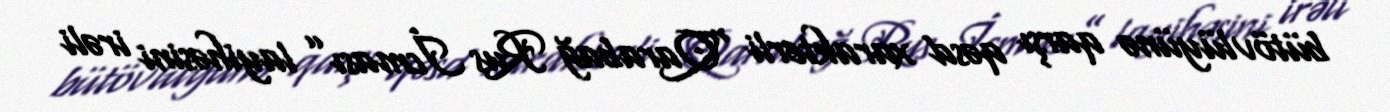
bütövlüyünə qarşı qəsd xarakterli “Qarabağ Rus İcması” layihəsini irəli